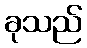
ခုသည်